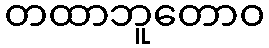
တထာဘူတောဝ